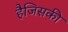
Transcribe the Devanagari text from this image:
हैजिसकी